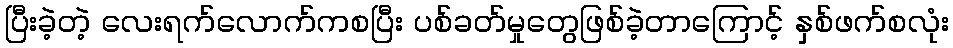
ပြီးခဲ့တဲ့ လေးရက်လောက်ကစပြီး ပစ်ခတ်မှုတွေဖြစ်ခဲ့တာကြောင့် နှစ်ဖက်စလုံး